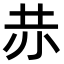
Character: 𧹘